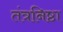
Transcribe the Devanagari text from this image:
तंत्रनिष्ठा